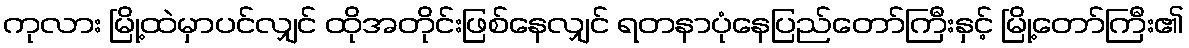
ကုလား မြို့ထဲမှာပင်လျှင် ထိုအတိုင်းဖြစ်နေလျှင် ရတနာပုံနေပြည်တော်ကြီးနှင့် မြို့တော်ကြီး၏